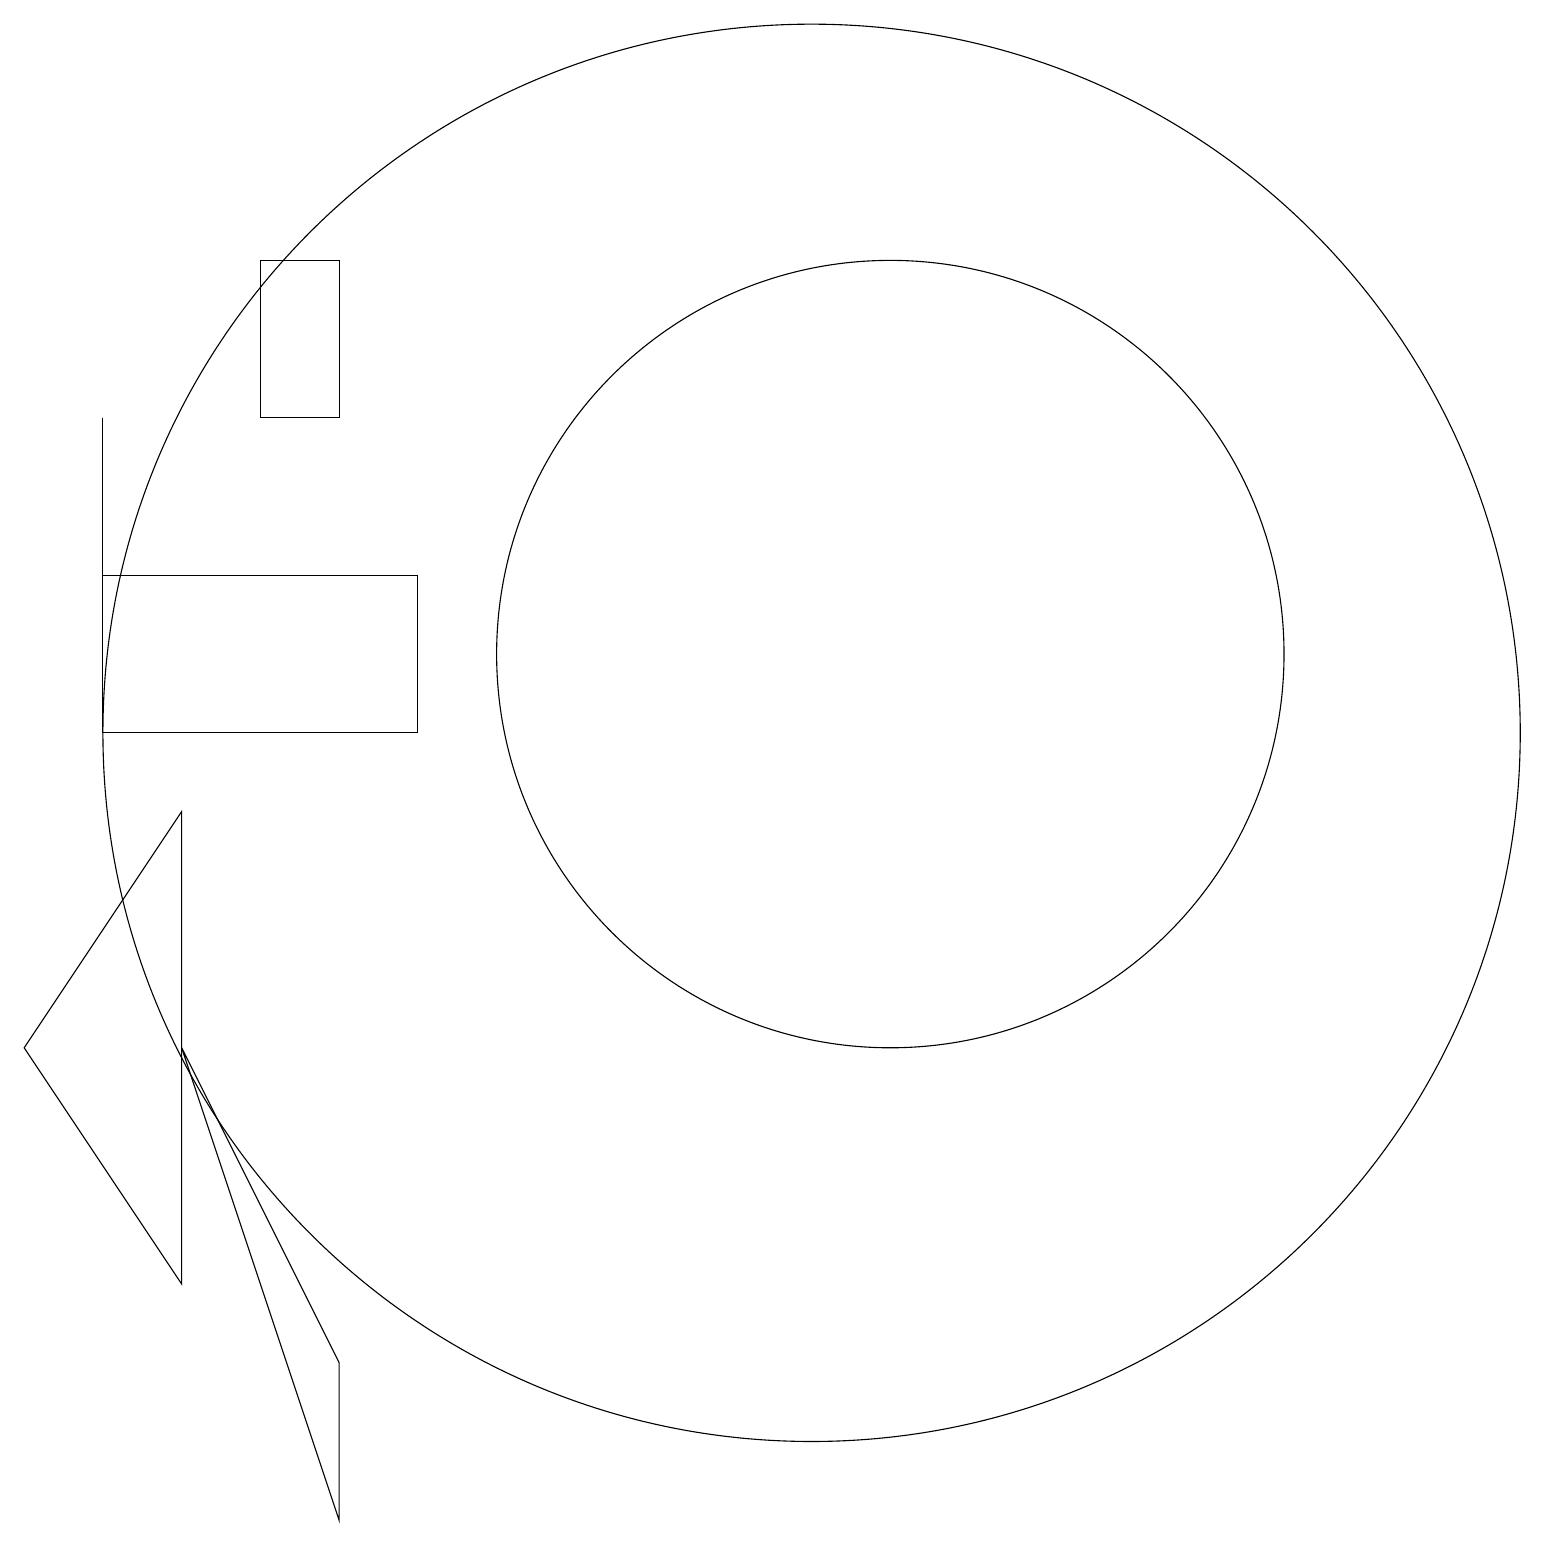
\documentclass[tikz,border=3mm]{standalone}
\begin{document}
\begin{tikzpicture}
\draw (12,11) circle (5);
\draw (1,6) -- (3,9) -- (3,3) -- cycle;
\draw (5,2) -- (5,0) -- (3,6) -- cycle;
\draw (6,10) rectangle (2,12);
\draw (4,16) rectangle (5,14);
\draw (11,10) circle (9);
\draw (2,14) rectangle (2,11);
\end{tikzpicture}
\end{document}